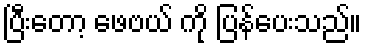
ပြီးတော့ ဖေဗယ် ကို ပြန်ပေးသည်။